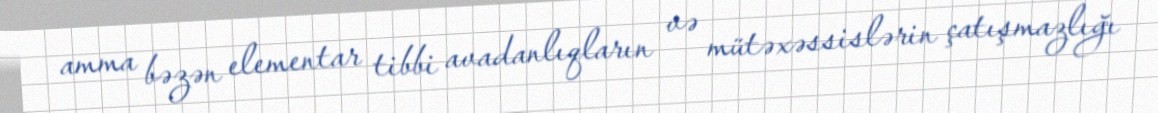
amma bəzən elementar tibbi avadanlıqların və mütəxəssislərin çatışmazlığı